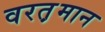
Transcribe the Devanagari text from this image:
वरत़़मान